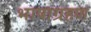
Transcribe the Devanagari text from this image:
भाषाग्रहण